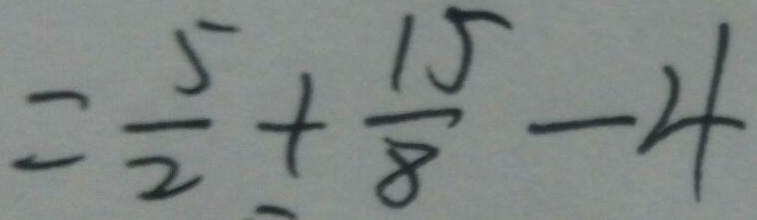
= \frac { 5 } { 2 } + \frac { 1 5 } { 8 } - 4